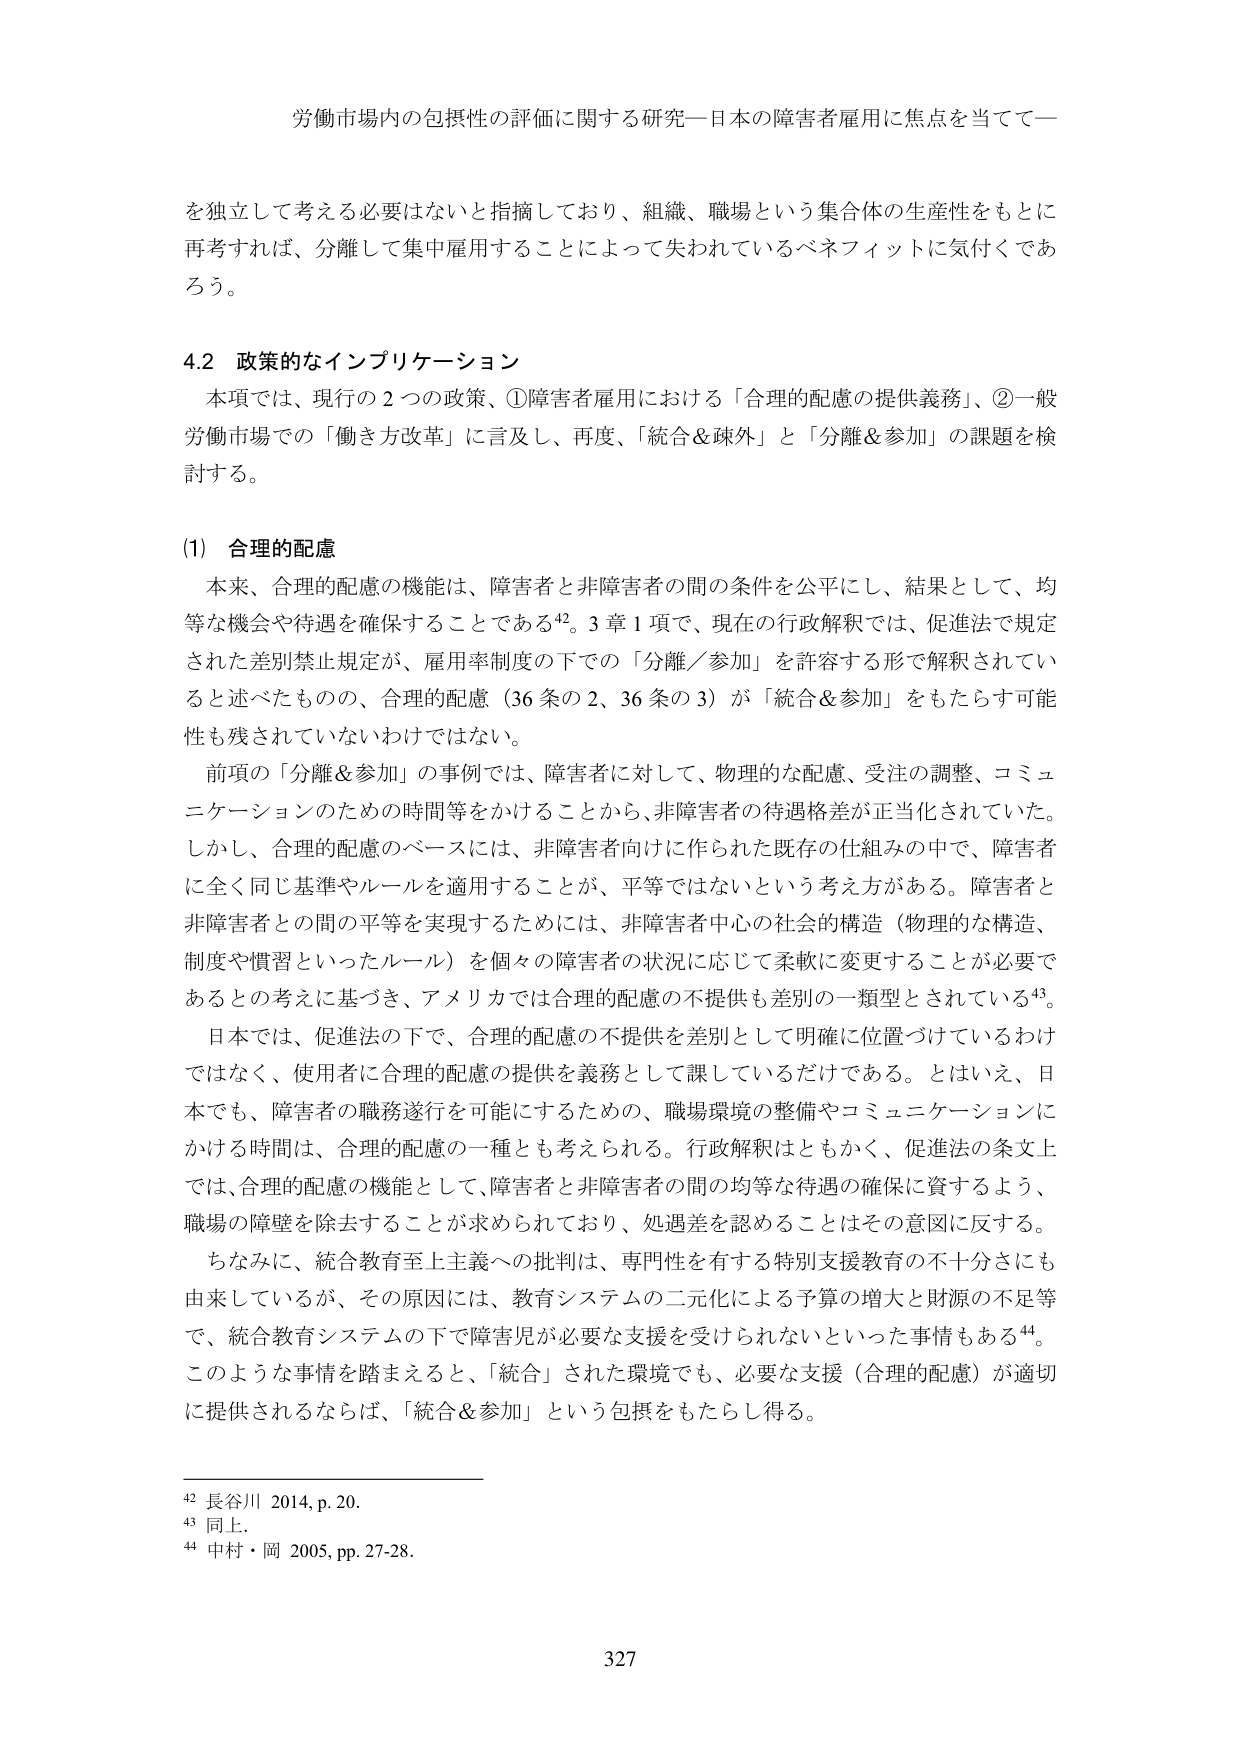
労働市場内の包摂性の評価に関する研究―日本の障害者雇用に焦点を当てて―

を独立して考える必要はないと指摘しており、組織、職場という集合体の生産性をもとに再考すれば、分離して集中雇用することによって失われているベネフィットに気付くであろう。

4.2 政策的なインプリケーション

本項では、現行の2つの政策、①障害者雇用における「合理的配慮の提供義務」、②一般労働市場での「働き方改革」に言及し、再度、「統合＆疎外」と「分離＆参加」の課題を検討する。

(1) 合理的配慮

本来、合理的配慮の機能は、障害者と非障害者の間の条件を公平にし、結果として、均等な機会や待遇を確保することである42。3章1項で、現在の行政解釈では、促進法で規定された差別禁止規定が、雇用率制度の下での「分離／参加」を許容する形で解釈されていると述べたものの、合理的配慮（36条の2、36条の3）が「統合＆参加」をもたらす可能性も残されていないわけではない。

前項の「分離＆参加」の事例では、障害者に対して、物理的な配慮、受注の調整、コミュニケーションのための時間等をかけることから、非障害者の待遇格差が正当化されていた。しかし、合理的配慮のベースには、非障害者向けに作られた既存の仕組みの中で、障害者に全く同じ基準やルールを適用することが、平等ではないという考え方がある。障害者と非障害者との間の平等を実現するためには、非障害者中心の社会的構造（物理的な構造、制度や慣習といったルール）を個々の障害者の状況に応じて柔軟に変更することが必要であるとの考えに基づき、アメリカでは合理的配慮の不提供も差別の一類型とされている43。

日本では、促進法の下で、合理的配慮の不提供を差別として明確に位置づけているわけではなく、使用者に合理的配慮の提供を義務として課しているだけである。とはいえ、日本でも、障害者の職務遂行を可能にするための、職場環境の整備やコミュニケーションにかける時間は、合理的配慮の一種とも考えられる。行政解釈はともかく、促進法の条文上では、合理的配慮の機能として、障害者と非障害者の間の均等な待遇の確保に資するよう、職場の障壁を除去することが求められており、処遇差を認めるることはその意図に反する。

ちなみに、統合教育至上主義への批判は、専門性を有する特別支援教育の不十分さにも由来しているが、その原因には、教育システムの二元化による予算の増大と財源の不足等で、統合教育システムの下で障害児が必要な支援を受けられないといった事情もある44。このような事情を踏まえると、「統合」された環境でも、必要な支援（合理的配慮）が適切に提供されるならば、「統合＆参加」という包摂をもたらし得る。

42 長谷川 2014, p. 20.
43 同上.
44 中村・岡 2005, pp. 27-28.

327